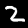
Label: 2